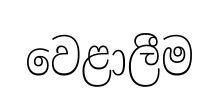
වෙළාලීම